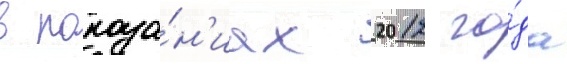
в показа́н'иах 2012 го́да